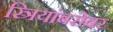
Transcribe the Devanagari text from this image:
स्त्रियांबरोबर